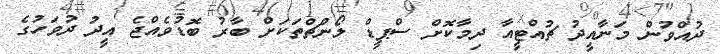
ދުއްވުން މަނާއީދު ޗުއްޓީއާ ދިމާކޮށް ސްޕީޑް ލޯންޗްތަކަށް ބާރު ބޮޑުވެއްޖެ އީދު ދުވަހުގެ